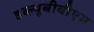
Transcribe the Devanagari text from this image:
डब्ल्यूबीबीएम